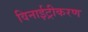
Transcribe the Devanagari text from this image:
विनाईट्रीकरण